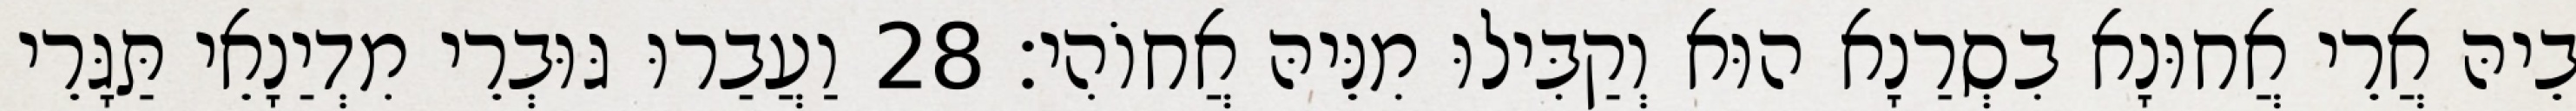
בֵיהּ אֲרֵי אֲחוּנָא בִסְרַנָא הוּא וְקַבִּילוּ מִנֵּיהּ אֲחוֹהִי׃ 28 וַעֲבַרוּ גּוּבְרֵי מִדְיַנָאֵי תַּגָּרֵי